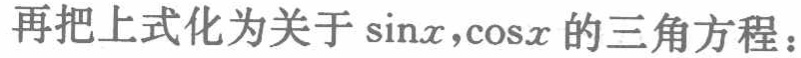
再把上式化为关于\(\sin x,\cos x\)的三角方程：